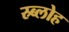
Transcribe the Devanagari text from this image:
स्र्ब्लोह